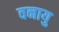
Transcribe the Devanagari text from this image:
वनायु